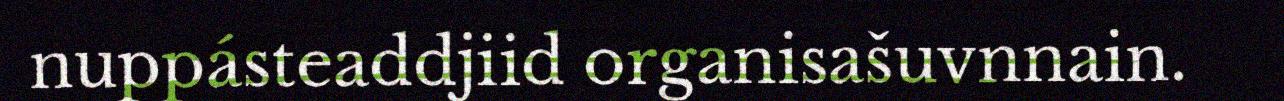
nuppásteaddjiid organisašuvnnain.